Vital statistics of India. Vol. VI, European troops 1870-79
Year: 1870
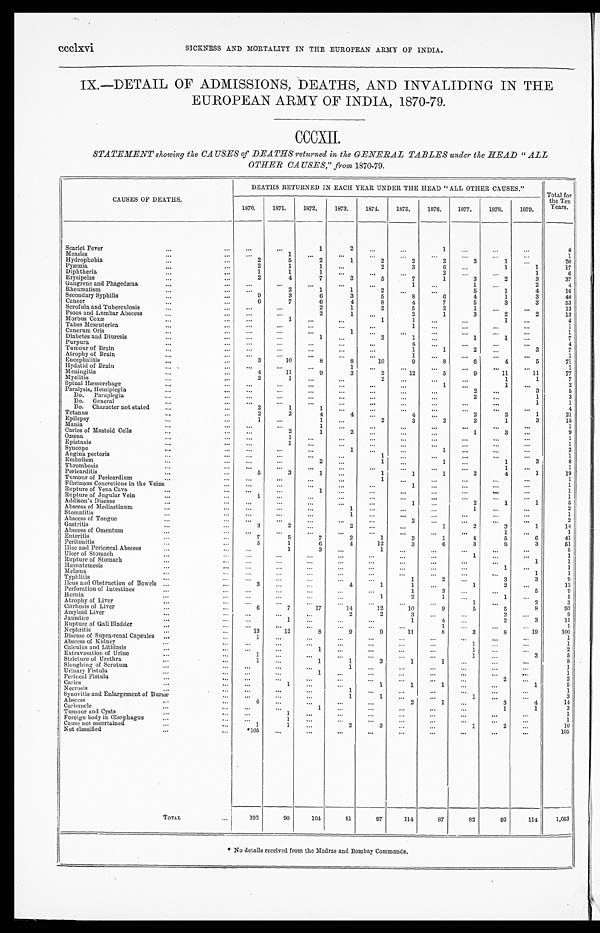
ccclxvi
SICKNESS AND MORTALITY IN THE EUROPEAN ARMY OF INDIA.
IX.—DETAIL OF ADMISSIONS, DEATHS, AND INVALIDING IN THE
EUROPEAN ARMY OF INDIA, 1870-79.
CCCXII.
STATEMENT showing the CAUSES of DEATHS returned in the GENERAL TABLES under the HEAD "ALL
OTHER CAUSES," from 1870-79.
CAUSES OF DEATHS.
DEATHS RETURNED IN EACH YEAR UNDER THE HEAD "ALL OTHER CAUSES."
Total for
the Ten
Years.
1870.
1871.
1872.
1873.
1874.
1875.
1876.
1877.
1878.
1879.
Scarlet Fever
...
...
. . .
. . .
1
2
. . .
...
1
. . .
. . .
...
4
Measles
...
. . .
...
1
. . .
. . .
. . .
. . .
. . .
. . .
. . .
...
1
Hydrophobia
...
. . .
2
5
2
1
2
2
2
3
1
...
20
Pyæmia
...
...
2
1
1
. . .
2
3
6
...
1
1
17
Diphtheria
...
...
1
1
1
...
...
...
2
...
...
1
6
Erysipelas
...
...
2
4
7
3
5
7
1
3
2
3
37
Gangrene and Phagedæna
...
. . .
. . .
...
. . .
...
. . .
1
...
1
...
2
4
Rheumatism
...
. . .
. . .
2
1
1
2 ...
. . .
5
1
4
16
Secondary Syphilis
...
. . .
9
3
6
3
5
8
6
4
1
3
48
Cancer
...
. . .
6
7
6
4
8
4
7
5
3
3
53
Scrofula and Tuberculosis
...
. . .
. . .
. . .
2
1
2
5
2
1
...
...
13
Psoas and Lumbar Absces
...
...
. . .
. . .
2
1
. . .
2
1
3
2
2
13
Morbus Coxæ
...
...
. . .
1
. . .
. . .
1
1
...
...
1
...
4
Tabes Mesenterica
...
. . .
. . .
...
. . .
. . .
. . .
1
. . .
. . .
...
. . .
1
Cancrum Oris
...
...
. . .
...
. . .
1
...
...
. . .
. . .
. . .
. . .
1
Diabetes and Diuresis
...
. . .
. . .
...
1
. . .
3
1
...
1
1
...
7
Purpura
...
...
. . .
. . .
. . .
...
. . .
4
...
. . .
. . . ...
4
Tumour of Brain
...
...
...
...
. . .
. . .
. . .
1
1
2
...
3
7
Atrophy of Brain
...
. . .
. . .
. . .
. . .
. . .
...
1
...
. . .
...
...
1
Encephalitis
...
. . .
3
10
8
8
10
9
8
6
4
5
71
Hydatid of Brain
...
...
. . .
...
. . .
1
...
...
. . .
. . .
...
. . .
1
Meningitis
...
. . .
4
11
9
3
2
12
5
9
11
11
77
Myelitis
...
...
2
1
...
...
2
...
...
...
1
1
7
Spinal Hæmorrhage
...
. . .
. . .
...
...
...
...
...
1
. . .
1
...
2
Paralysis, Hemiplegia
...
...
...
. . .
...
. . .
. . .
. . .
... 2
. . .
3
5
Do. Paraplegia
...
. . . ...
...
...
...
...
...
. . .
2
. . .
1
3
Do. General
...
...
...
...
...
...
...
...
...
...
. . .
1
1
Do. Character not stated ...
...
2
1
1
...
. . .
...
...
...
...
. . .
4
Tetanus
...
...
2
2
4
4
. . .
4
...
2
2
1
21
Epilepsy
...
...
1
...
1
. . .
2
3
2
2
1
3
15
Mania
...
...
...
...
1
...
...
. . . ...
...
...
. . .
1
Caries of Mastoid Cells
...
...
. . .
2
1
2
. . .
...
. . .
1
3 ...
9
Ozœna
...
...
...
1
...
...
...
...
...
...
. . .
. . .
1
Epistaxis
...
...
. . .
1
...
...
...
...
. . .
...
. . .
. . .
1
Syncope
...
. . . ...
...
. . .
1
...
. . .
1
...
...
. . .
2
Angina pectoris
...
...
...
. . .
. . .
...
1
...
...
. . .
. .
...
1
Embolism
...
...
...
...
2
...
1
...
1 ...
1 3
8
Thrombosis
...
...
...
...
...
...
...
...
... ...
1
. . .
1
Pericarditis
...
. . .
5
3
1
. . .
1
1
1
2
4
1
19
Tumour of Pericardium
...
...
...
...
. . .
. . .
1
...
...
. . .
. . .
. . .
1
Fibrinous Concretions in the Veins
...
...
. . .
...
...
...
1
. . .
. . .
. . . ...
1
Rupture of Vena Cava
...
...
. . .
...
1
...
...
...
...
. . .
...
...
1
Rupture of Jugular Vein
...
...
1
. . .
. . .
. . .
...
...
...
. . .
. . .
. . .
1
Addison's Disease
...
...
...
. . .
...
. . .
...
1
...
2
1
1
5
Abscess of Mediastinum
...
...
...
...
. . .
1
...
...
...
1
. . .
. . .
2
Stomatitis
...
. . . ...
. . .
. . .
1
. . .
. . .
...
...
. . .
. . .
1
Abscess of Tongue
...
...
...
...
...
...
...
2
...
...
. . .
...
2
Gastritis
...
...
3
2
...
2
. . .
...
1
2
3
1
14
Abscess of Omentum
...
...
...
...
...
. . .
. . .
...
...
. . .
1
...
1
Enteritis
...
...
7
5
7
2
1
3
1
4
5
6
41
Peritonitis
...
...
5
1
6
4
12
3
6
3
8
3
51
Iliac and Pericæcal Abscess
...
...
...
1
3
...
1
...
...
...
...
. . .
5
Ulcer of Stomach
...
. . . ...
. . .
...
...
. . . ...
...
1
. . .
. . .
1
Rupture of Stomach
...
...
. . .
. . .
. . .
...
...
...
...
. . .
. . .
1
1
Hæmat emesi s
...
...
. . .
...
. . .
...
. . .
...
...
. . .
1
. . .
1
Melæna
...
. . . ...
. . .
...
...
...
...
...
...
. . .
1
1
Typhlitis
...
...
...
...
. . .
...
. . .
1
2 ...
3
3
9
Ileus and Obstruction of Bowels ...
...
3
...
...
4
1
1
...
1
2
...
12
Perforation of Intestines
...
. . .
. . .
...
. . .
...
...
1
3
...
. . .
5
9
Hernia
...
...
...
...
...
. . .
1
2
1
...
1
...
5
Atrophy of Liver
...
...
...
...
...
...
...
...
...
1
...
2
3
Cirrhosis of Liver
...
...
6
7
17
14
12
10
9
5
5
8
9 3
Amyloid Liver
...
. . .
. . .
. . .
. . .
2
2
3
. . . ...
2
...
9
Jaundice
...
...
. . .
1
. . .
...
...
1
4...
2
3
11
Rupture of Gall Bladder
...
...
. . .
. . .
. . .
...
. . .
. . .
1
...
...
...
1
Nephritis
...
...
13
12
8
9
9
11
8
3
8
19
100
Disease of Supra-renal Capsules ...
...
1
...
. . .
. . .
...
. . .
. . .
...
...
. . .
1
Abscess of Kidney
...
...
...
. . .
. . .
...
...
. . . ...
1
. . .
. . .
1
Calculus and Lithiasis
...
. . . ...
...
1
...
...
...
...
1
. . .
. . .
2
Extravasation of Urine
...
...
1
...
...
. . .
. . .
. . .
. . .
1
...
3
5
Stricture of Urethra
...
...
1
...
1
1
3
1
1
...
. . .
. . .
8
Sloughing of Scrotum
...
. . . ...
...
...
1
...
...
... ...
...
. . .
1
Urinary Fistula
...
...
. . .
. . .
1
. . .
...
. . .
...
...
...
...
1
Perineal Fistula
...
...
...
...
. . . ...
...
. . .
. . .
...
2
. . .
2
Caries
...
. . . ...
1
...
. . .
1
1
1
...
...
1
5
Necrosis
...
. . . ...
...
...
1
...
. . .
...
...
. . .
...
1
Synovitis and Enlargement of Bursæ
...
...
. . .
...
1
1
...
...
1
. . . ...
3
Abscess
...
...
4
. . .
...
...
...
2
1
...
3
4
14
Carbuncle
...
...
...
...
1
. . .
...
...
...
...
1
1
3
Tumour and Cysts
...
...
...
1
...
...
...
. . .
...
...
...
...
1
Foreign body in Œsophagus
...
...
...
1
...
...
...
...
...
. . .
...
...
1
Cause not ascertained
...
...
1
1
...
2
3
...
...
1
2 ...
10
Not classified
...
. . .
*105
...
...
. . .
...
. . .
...
...
...
...
105
TOTAL
...
192
90
104
81
97
114
87
82
92
114
1,053
* No details received from the Madras and Bombay Commands.